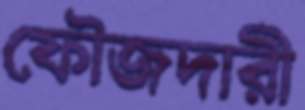
ফৌজদারী